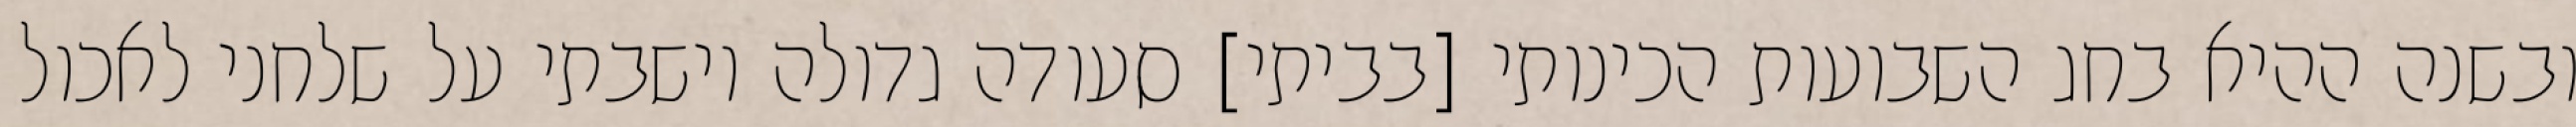
ובשנה ההיא בחג השבועות הכינותי [בביתי] סעודה גדולה וישבתי על שלחני לאכול